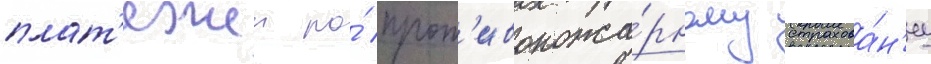
плат'ежеи по́ прот'ивопожа́рному страхова́н'иу